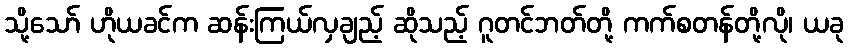
သို့သော် ဟိုယခင်က ဆန်းကြယ်လှချည့် ဆိုသည့် ဂူတင်ဘတ်တို့ ကက်စတန်တို့လို၊ ယခု